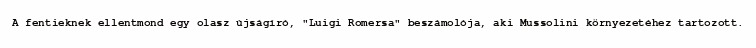
A fentieknek ellentmond egy olasz újságíró, "Luigi Romersa" beszámolója, aki Mussolini környezetéhez tartozott.